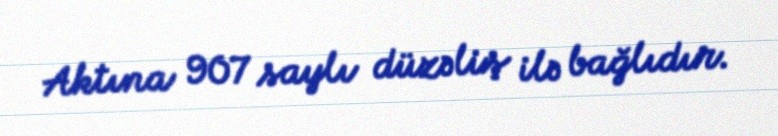
Aktına 907 saylı düzəliş ilə bağlıdır.